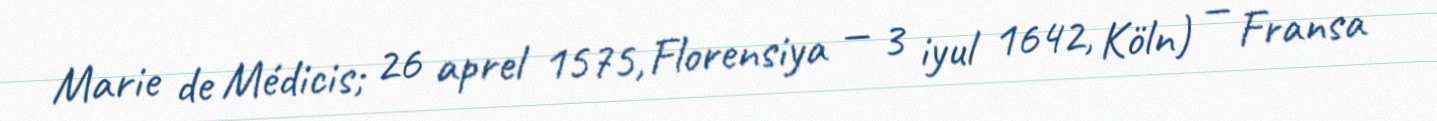
Marie de Médicis; 26 aprel 1575, Florensiya — 3 iyul 1642, Köln) — Fransa